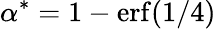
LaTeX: \alpha^{*}=1-\operatorname{erf}(1/4)